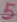
Text: 5